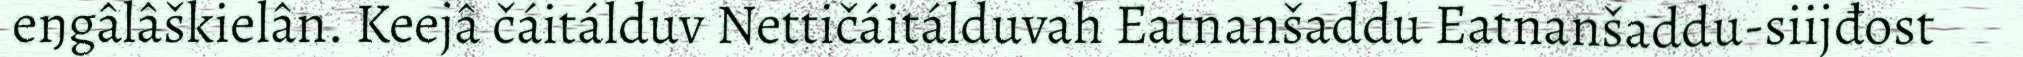
eŋgâlâškielân. Keejâ čáitálduv Nettičáitálduvah Eatnanšaddu Eatnanšaddu-siijđost